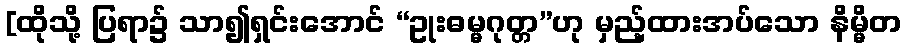
[ထိုသို့ ပြရာ၌ သာ၍ရှင်းအောင် “ဥုးဓမ္မဂုတ္တ”ဟု မှည့်ထားအပ်သော နိမ္မိတ